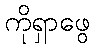
ကိုရှာဖွေ